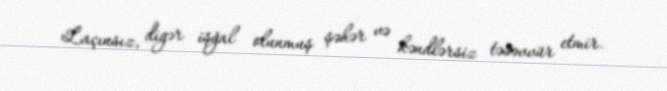
Laçınsız, digər işğal olunmuş şəhər və kəndlərsiz təsəvvür etmir.